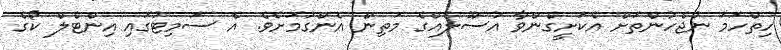
ހިތްހަމަ ނުޖެހުންތަށް އެކަށީގެންވާ އުސޫލެއްގެ މަތިން އެންގުމަށެވެ. އެ ސަމިޓުގައި އިންޓެލް ކޯގެ